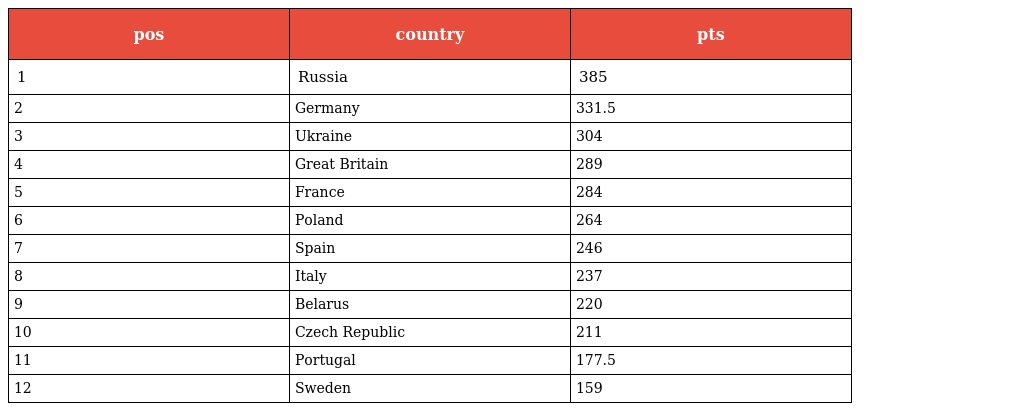
| pos | country | pts |
 | --- | --- | --- |
 | 1 | Russia | 385 |
 | 2 | Germany | 331.5 |
 | 3 | Ukraine | 304 |
 | 4 | Great Britain | 289 |
 | 5 | France | 284 |
 | 6 | Poland | 264 |
 | 7 | Spain | 246 |
 | 8 | Italy | 237 |
 | 9 | Belarus | 220 |
 | 10 | Czech Republic | 211 |
 | 11 | Portugal | 177.5 |
 | 12 | Sweden | 159 |